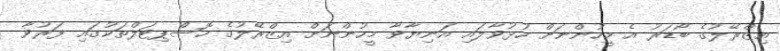
އިޒްރޭލުގެ ބޯޑަރު އެ މީހުންނަށް ހުޅުވާލައި އަނިޔާވާ މީހުންނަށް އިޒްރޭލުގެ ހޮސްޕިޓަލްތަކުގައި ފަރުވާ